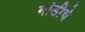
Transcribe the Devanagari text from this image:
मांडीचे